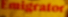
EMIGRATOR